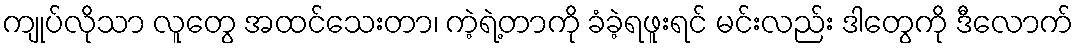
ကျုပ်လိုသာ လူတွေ အထင်သေးတာ၊ ကဲ့ရဲ့တာကို ခံခဲ့ရဖူးရင် မင်းလည်း ဒါတွေကို ဒီလောက်